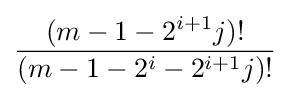
{\frac {(m-1-2^{i+1}j)!}{(m-1-2^{i}-2^{i+1}j)!}}